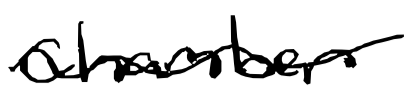
Text: chamber
Cross-out: wave
Writing tool: digital_black